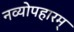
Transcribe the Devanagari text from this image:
नव्योपहारम्